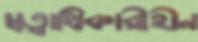
স্বত্বাধিকারীহীন